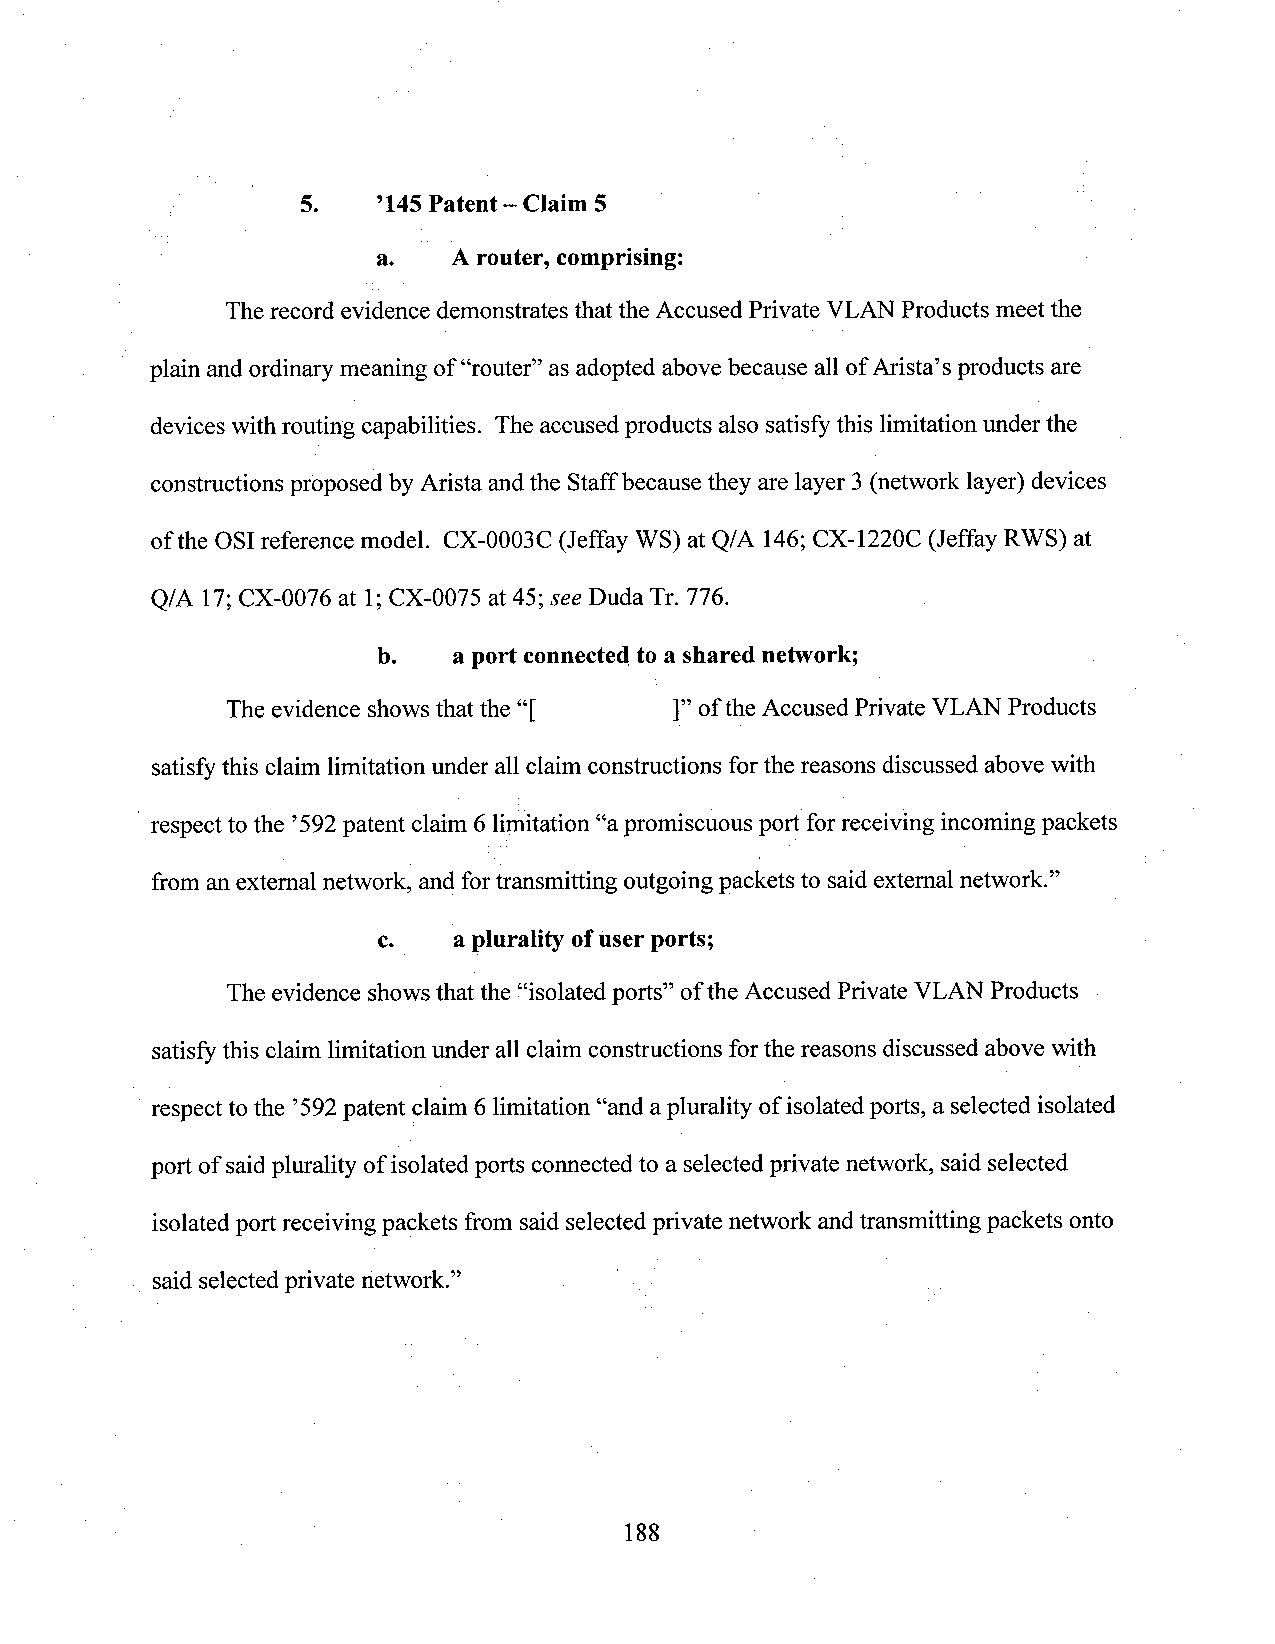
5.   ’145Patent - Claim 5
 a.   Arouter, comprising:
 Therecord evidence demonstrates that the Accused Private VLANProducts meet the
 plain andordinary meaning of “router” asadopted above because all ofArista’sproducts are
 deviceswith routing capabilities. The accused products also satisfythis limitation underthe
 constructions proposed by Arista andthe Staffbecause they are layer 3 (network layer) devices
 of the OSIreference model. CX-0003C (Jeffay WS) at Q/A 146; CX-1220C (Jeffay RWS) at
 Q/A 17;CX-0076 at 1;CX-0075 at 45; see Duda Tr. 776.
 b.   a port connectedto a shared network;
 The evidence shows that the “[ ]_”of the Accused Private VLAN Products
 satisfythis claim limitation under allclaim constructions forthe reasons discussed above with
 respect to the ’592patent claim 6 limitation “apromiscuous port forreceiving incoming packets
 from anextemal network, and fortransmitting outgoing packets to saidextemal network.”
 c.   a plurality ofuser ports;
 The evidence showsthat the “isolated ports” ofthe Accused Private VLAN Products ­
 satisfythis claim limitation under allclaim constructions forthe reasons discussed above with
 respect to the ’592patent claim 6 limitation “and aplurality ofisolated ports, a selected isolated
 port of saidplurality of isolatedports connectedto a selectedprivate network, said selected
 isolated port receiving packets from said selected private network andtransmitting packets onto
 said selected private network.” ' in
 188